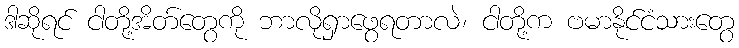
ဒါဆိုရင် ငါတို့အိတ်တွေကို ဘာလိုရှာဖွေရတာလဲ၊ ငါတို့က ဗမာနိုင်ငံသားတွေ